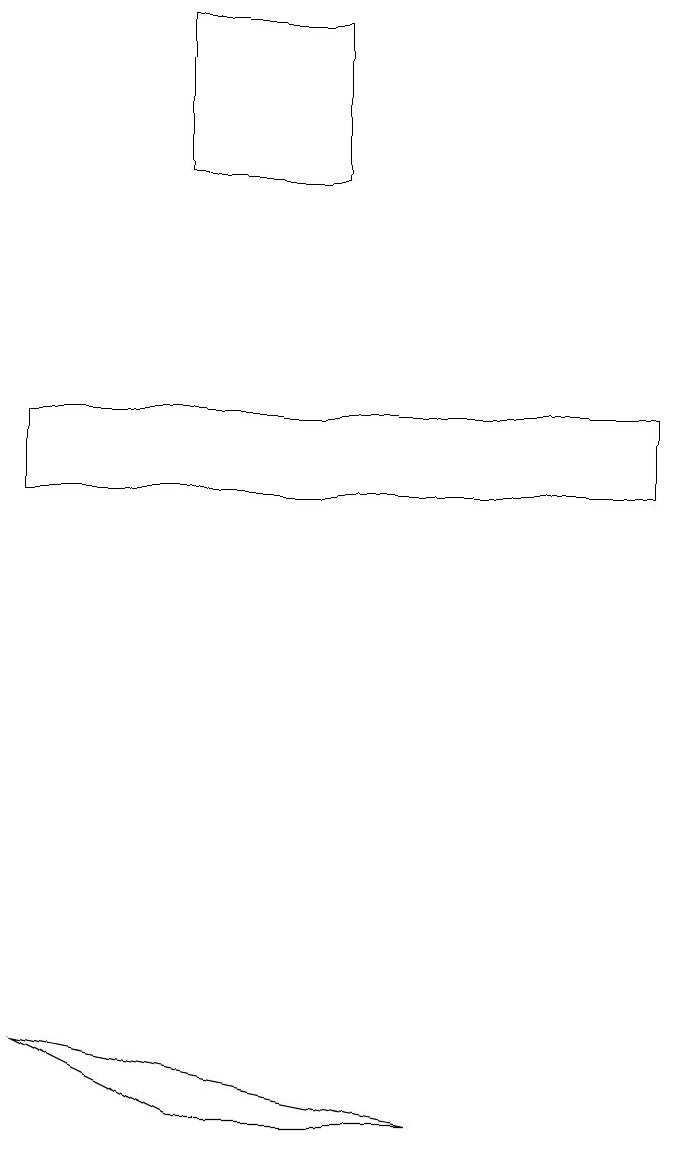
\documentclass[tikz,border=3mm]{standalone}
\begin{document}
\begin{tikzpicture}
\draw (3,17) rectangle (5,15);
\draw (1,12) rectangle (9,11);
\draw (1,4) -- (3,3) -- (6,3) -- cycle;
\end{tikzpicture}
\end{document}